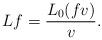
LaTeX: \begin{align*}Lf=\frac{L_0(fv)}{v}.\end{align*}